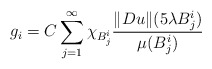
\begin{align*}g_i=C\sum_{j=1}^{\infty}\chi_{B_j^i}\frac{\Vert Du\Vert(5\lambda B_j^i)}{\mu(B_j^i)}\end{align*}